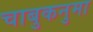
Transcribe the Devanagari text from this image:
चाबुकनुमा